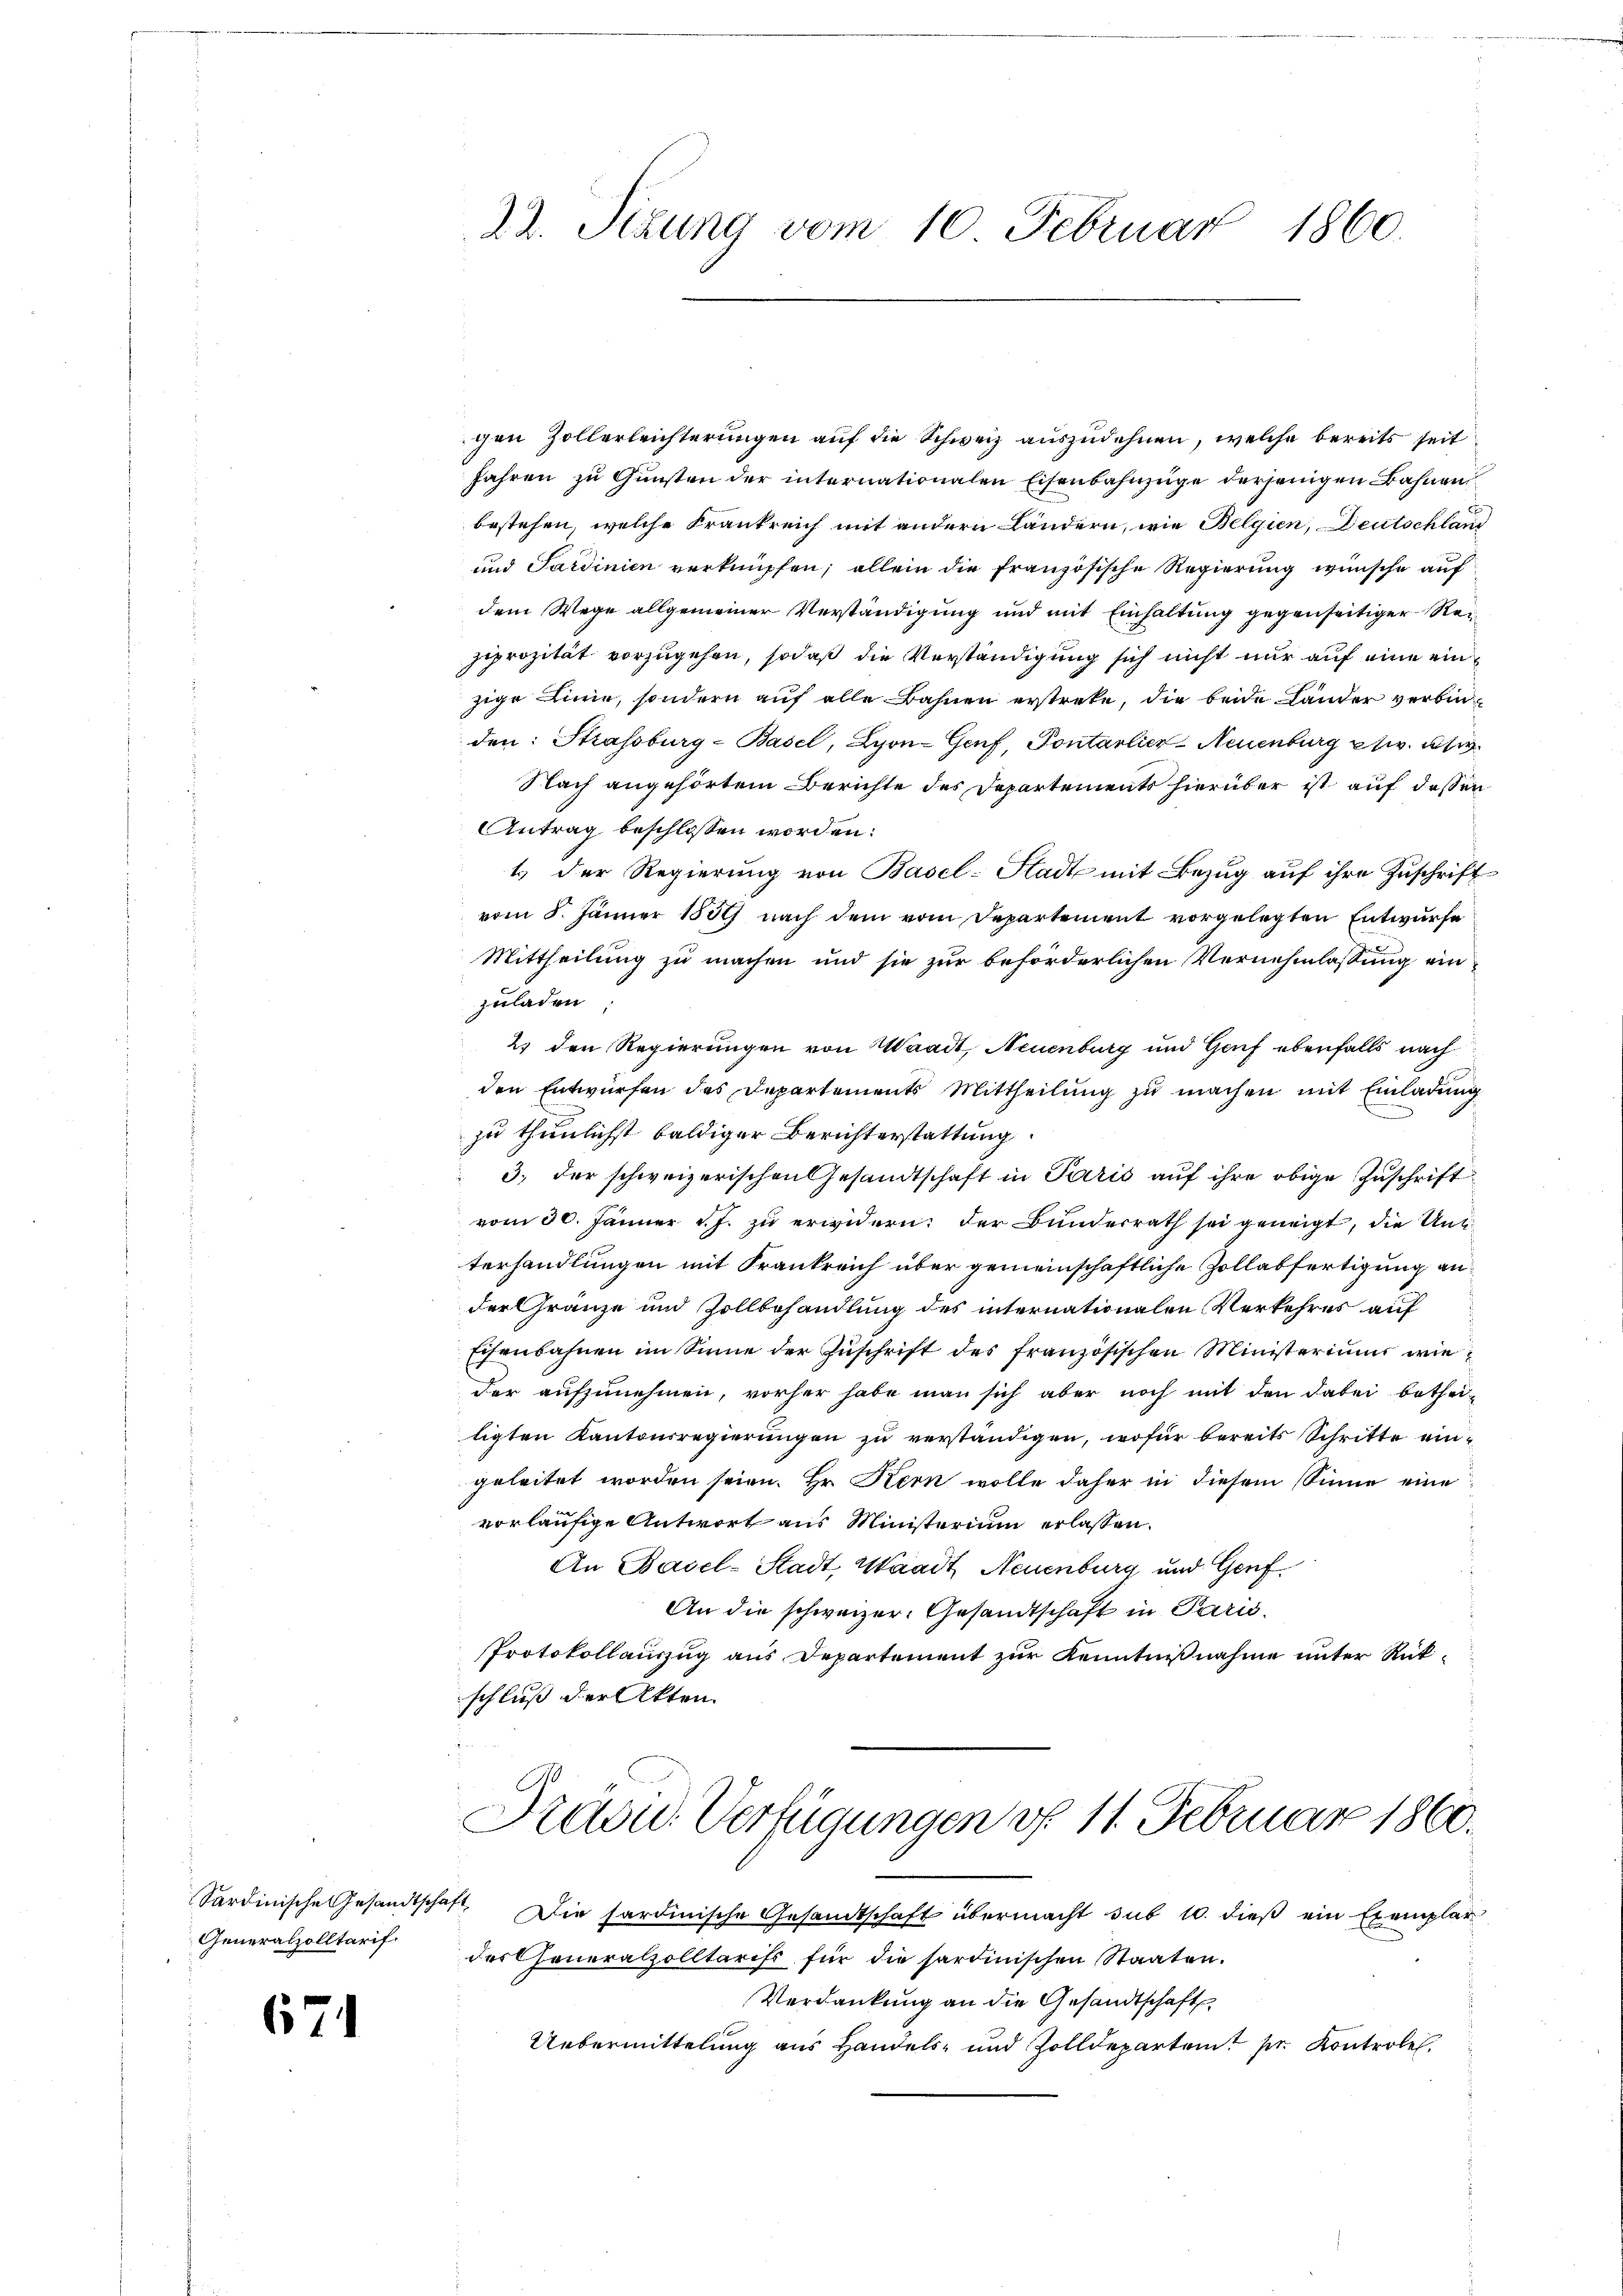
Generalzolltarif.

671

chen Zollerleichterungen auf die Schweiz auszudehnen, welche bereits seit
Jahren zu Gunsten der internationalen Eisenbahnzüge derjenigen Bahnen
bestehen, welche Krankreich mit andern Landern, wie Belgien, Deutschland
und Sardinien verknüpfen; allein die französische Regierung wünsche auf
dem Wege allgemeiner Verständigung und mit Einhaltung gegenseitiger Reisiprozität vorzugehen, sodaß die Verständigung sich nicht nur auf eine einzige Linie, sondern auf alle Bahnen erstreke, die beide Länder verbinden: Strassburg-Basel, Lyon-Genf, Pontarlier-Neuenburg etw. usw.
Nach angehörtem Berichte des Departements hierüber ist auf dessen
Antrag beschlossen worden:
1 der Regierung von Basel-Stadt mit Bezug auf ihre Zuschrift
vom 8. Jänner 1889 nach dem vom Departement vorgelegten Entwurfe
Mittheilung zu machen und sie zur beförderlichen Vernehmlassung einzuladen,
2) den Regierungen von Waadt, Neuenburg und Genf ebenfalls nach
den Entwürfen des Departements Mittheilung zu machen mit Einladung
zu thunlichst baldiger Berichterstattung
3. der schweizerischen Gesandtschaft in Paris auf ihre obige Zuschrift
vom 30. Jänner v. J. zu erwidern: der Bundesrath sei geneigt, die Unt
terhandlungen mit Frankreich über gemeinschaftliche Zollabfertigung an
der Gränze und Zollbehandlung des internationalen Verkehres auf
Eisenbahnen im Sinne der Zuschrift des französischen Ministeriums wie
der aufzunehmen, vorher habe man sich aber noch mit den dabei bethei-
ligten Kantonsregierungen zu verständigen, wofür bereits Schritte ein-
geleitet worden seien. Hr. Kern wolle daher in diesem Sinne eine
vorläufige Antwort aus Ministerium erlassen.
An Basel-Stadt, Waadt, Neuenburg und Genf
An die schweizer- Gesandtschaft in Paris¬
Protokollauszug aus Departement zur Kenntnißnahme unter Rükschluß der Akten.

22. Sizung vom 10. Februar
1860.

Präsid. Verfügungen v. 11. Februar 1860.

Sardinische Gesandtschaft. Die hardinische Gesandtschaft übermacht sub 10. dieß ein Exemplar
des Generalzolltarist für die sardinischen Staaten.
Verdankung an die Gesandtschaft
Uebermittelung aus Handels- und Zolldepartamt zr. Kontrole.